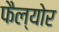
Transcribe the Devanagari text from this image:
फैल्योर